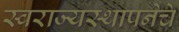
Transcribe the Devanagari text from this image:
स्वराज्यस्थापनेचे